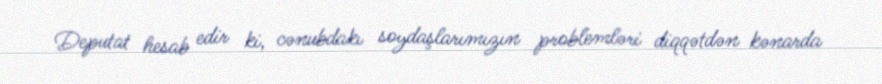
Deputat hesab edir ki, cənubdakı soydaşlarımızın problemləri diqqətdən kənarda